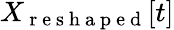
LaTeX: X_{\mathrm{~r~e~s~h~a~p~e~d~}}[t]